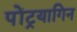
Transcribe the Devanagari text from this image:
पोंट्रयागिन